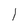
Character: I